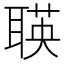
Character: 𬚡